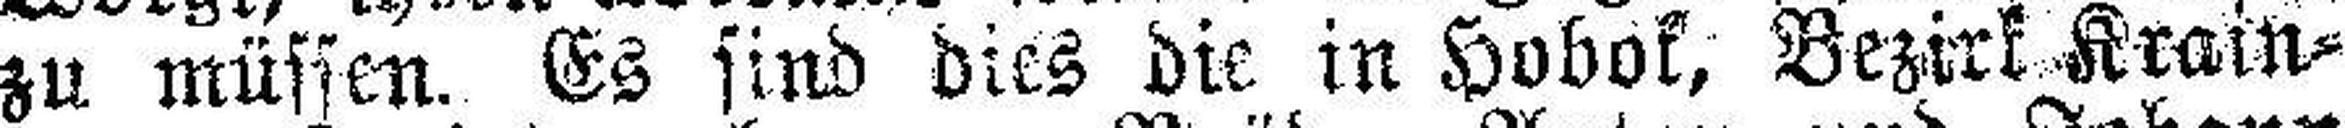
zu müssen. Es sind dies die in Hobok, Bezirk Krain¬